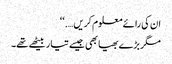
ان کی رائے معلوم کریں….‘‘
مگر بڑے بھیا بھی جیسے تیار بیٹھے تھے۔